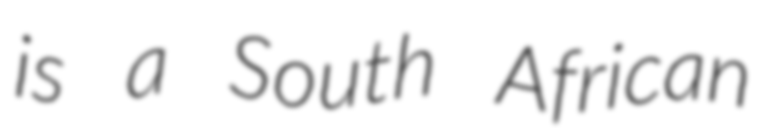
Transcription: is a South African